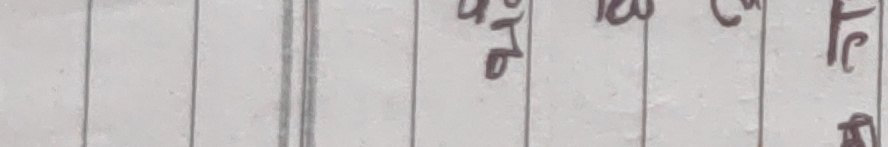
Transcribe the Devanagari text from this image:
४० १२० ८० १० टि
प्र